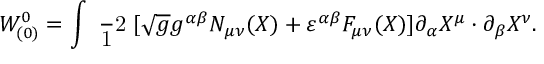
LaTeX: W _ { ( 0 ) } ^ { 0 } = \int \mathrm { \small { ~ \frac ~ 1 2 ~ } } [ \sqrt { g } g ^ { \alpha \beta } N _ { \mu \nu } ( X ) + \varepsilon ^ { \alpha \beta } F _ { \mu \nu } ( X ) ] \partial _ { \alpha } X ^ { \mu } \cdot \partial _ { \beta } X ^ { \nu } .